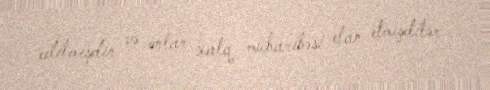
edilmişdir və onlar xalq müharibəsi elan etmişdilər.